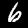
Digit: 6